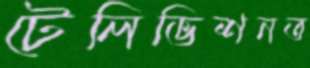
টেলিভিশনত